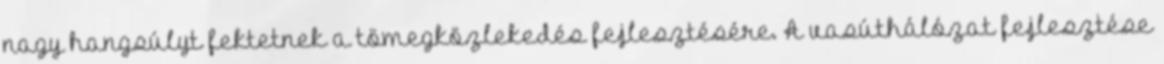
nagy hangsúlyt fektetnek a tömegközlekedés fejlesztésére. A vasúthálózat fejlesztése